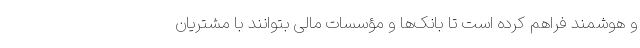
و هوشمند فراهم کرده است تا بانک‌ها و مؤسسات مالی بتوانند با مشتریان